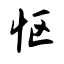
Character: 怄